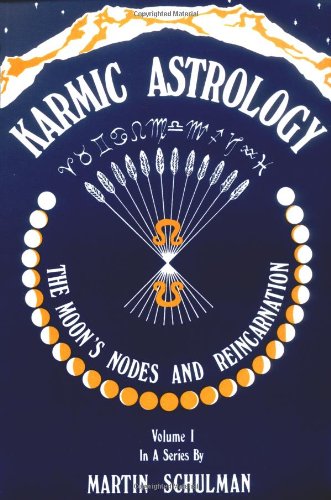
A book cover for Karmic Astrology, Volume 1: The Moon's Nodes and Reincarnation (Karmic Astrology); Martin Schulman; Religion & Spirituality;